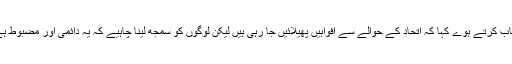
مایاوتی نے انتخابی ریلی سے خطاب کرتے ہوے کہا کہ اتحاد کے حوالے سے افواہیں پھیلائیں جا رہی ہیں لیکن لوگوں کو سمجھ لینا چاہیے کہ یہ دائمی اور مضبوط ہے اور لمبے عرصے تک چلے گا۔